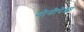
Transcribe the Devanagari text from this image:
योनीपेक्षा